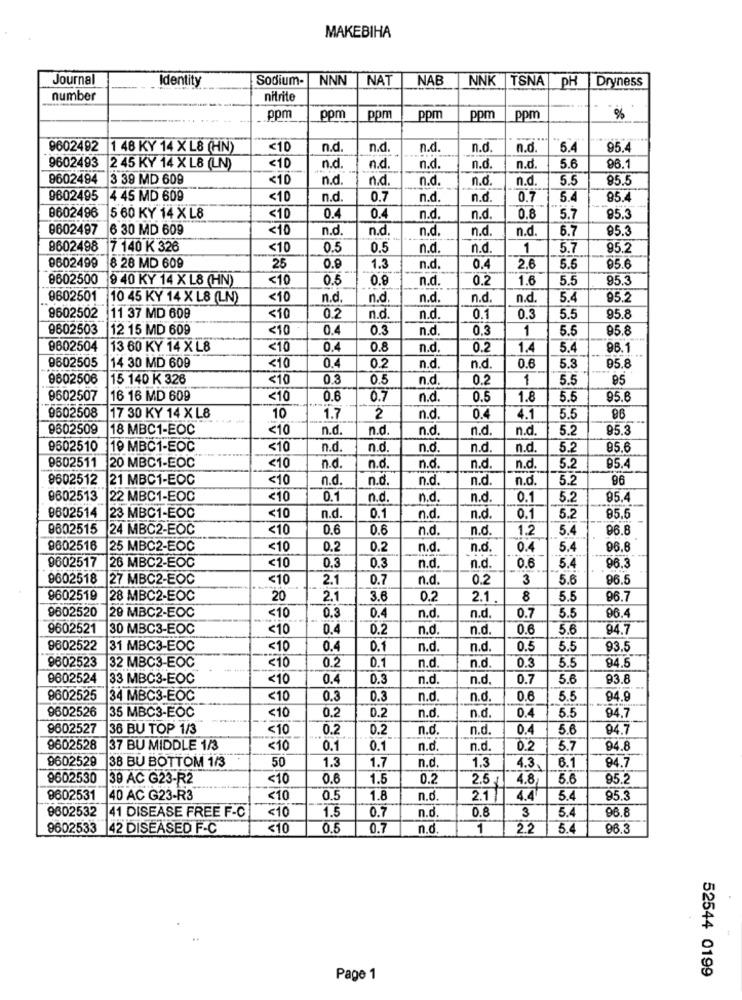
MAKEBIHA
Journal
Identity
Sodium-
NNN
NAT
NAB
NNK |TSNA
PH
Dryness
number
nitrite
ppm
ppm
ppm
ppm
ppm
ppm
%
9602492 1 48 KY 14 XL8 (HN)
<10
n.d.
n.d.
n.d.
n.d.
n.d.
5.4
95.4
9602493 2 45 KY 14 X LB (LN)
<10
n.d.
n.d.
n.d
n.d.
n.d.
5.6
96.1
9602494
3 39 MD 609
<10
n.d.
n.d.
n.d.
n.d.
n.d.
5.5
85.5
9602495
4 45 MD 609
<10
n.d.
0.7
n.d.
n.d.
0.7
5.4
85.4
8602496
5 60 KY 14 XL8
<10
0.4
0.4
n.d.
n.d.
0.8
5.7
95.3
9602497
6 30 MD 609
<10
n.d.
n.d.
n.d.
n.d.
n.d
6.7
95.3
9602498
17 140 K 326
<10
0.5
0.5
n.d
n.d.
1
5.7
95.2
9602499
8 28 MD 609
25
0.9
1.3
n.d.
0.4
2.6
5.6
95.6
9602500
9 40 KY 14 X L8 (HN)
<10
0.5
0.9
n.d
0.2
1.6
5.5
95.3
9602501
10 45 KY 14 X L8 (LN)
<10
n.d.
n.d.
n.d.
n.d.
n.d.
5.4
95.2
9602502
11 37 MD 608
<10
0.2
n.d.
n.d.
0.1
0.3
5.5
95.8
9602503
12 15 MD 609
<10
0.4
0.3
n.d.
0.3
1
5.5
95.8
9602504
13 60 KY 14 XL8
<10
0.4
0.8
n.d.
0.2
1.
5.4
96.1
9602505
14 30 MD 609
<10
0.4
0.2
n.d.
n.d
0.6
5.3
05.8
9602506
15 140 K 326
<10
0.3
0.5
n.d
0.2
1
5.5
95
9602507
16 16 MD 609
<10
0.6
0.7
n.d.
0.5
1.8
5.5
95.6
96
9602508
17 30 KY 14 X L8
10
1.7
2
n.d.
0.4
4.1
5.5
9602509
18 MBC1-EOC
<10
n.d.
n.d.
n.d
n.d.
n.d.
5.2
95.3
9602510
19 MBC1-EOC
<10
n.d.
n.d
n.d
n.d.
n.d
5.2
85.6
9802511
<10
20 MBC1-EOC
n.d
n.d
n.d
n.d.
n.d.
5.2
95.
8602512
21 MBC1-EOC
<10
n.d.
n.d.
n.d.
n.d.
n.d.
5.2
96
9602513
22 MBC1-EOC
<10
0.1
n.d
n.d.
n.d.
0.1
5.2
95.4
0.1
9602514
23 MBC1-EOC
<10
n.d.
n.d
n.d.
0.1
5.2
85.5
9602515
24 MBC2-EOC
<10
0.6
0.6
n.d
n.d.
1.2
5.
96.8
9602516
25 MBC2-EOC
<10
0.2
0.2
n.d
n.d.
0.4
5.4
96.8
<10
9602517
26 MBC2-EOC
0.3
0.3
n.d
n.d.
0.6
5.4
96.3
9602518
27 MBC2-EOC
<10
2.1
0.7
n.d.
0.2
3
5.6
96.5
9602519
28 MBC2-EOC
20
2.1
3.6
0.2
2.1
8
5.5
96.7
9602520
5.5
96.4
20 MBC2-EOC
<10
0.3
0.4
n.d.
n.d.
0.7
9602521
30 MBC3-EOC
<10
0.4
0.2
n.d
n.d.
0.6
5.6
94.7
9602522
31 MBC3-EOC
<10
0.4
0.1
n.d.
n.d.
0.5
5.5
93.5
9602523
n.d.
32 MBC3-EOC
<10
0.2
0.1
n.d.
0.3
5.5
94.5
9602524
33 MBC3-EOC
<10
0.4
0.3
n.d
n.d.
0.7
5.6
93.8
9602525
34 MBC3-EOC
<10
0.3
0.3
n.d.
n.d.
0.6
5.5
94.9
9602526
35 MBC3-EOC
<10
0.2
n.d
5.5
94.7
0.2
n.d.
0.4
9602527
36 BU TOP 1/3
<10
0.2
0.2
n.d.
n.d.
0.4
5.6
94.7
9602528 37 BU MIDDLE 1/3
<10
0.1
0.1
n.d.
n.d.
0.2
5.7
94.8
9602529
38 BU BOTTOM 1/3
50
1.3
1.7
n.d.
1.3
6.1
94.7
4.3.
9602530 39 AC G23-R2
<10
0.6
1.5
0.2
2.5
4.8
5.6
95.2
9602531
40 AC G23-R3
<10
0.5
1.8
n.d.
2.1
4.4
5.
95.3
9602532
41 DISEASE FREE F-C
<10
1.5
0.7
n.d.
0.8
5.4
96.8
3
9602533 42 DISEASED F-C
<10
0.5
0.7
n.d.
1
2.2
5.4
96.3
52544 0199
Page 1